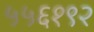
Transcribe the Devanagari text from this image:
५५६१९२